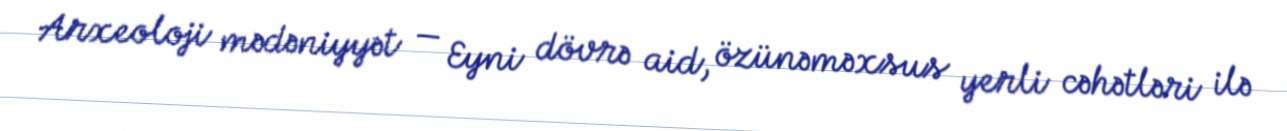
Arxeoloji mədəniyyət — Eyni dövrə aid, özünəməxsus yerli cəhətləri ilə